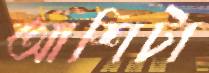
আশিটা